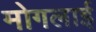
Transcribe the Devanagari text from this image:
मोगलार्इ